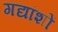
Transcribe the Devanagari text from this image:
गद्यांशों